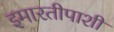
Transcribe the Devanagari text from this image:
इमारतीपाशी